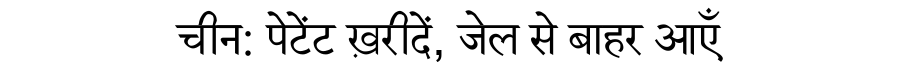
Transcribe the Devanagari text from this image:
चीन: पेटेंट ख़रीदें, जेल से बाहर आएँ